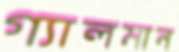
গ্যালমান